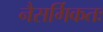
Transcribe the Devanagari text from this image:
नैसर्गिकतः